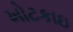
ખોટકાઇ